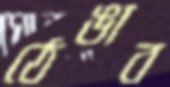
ঠেঙাব